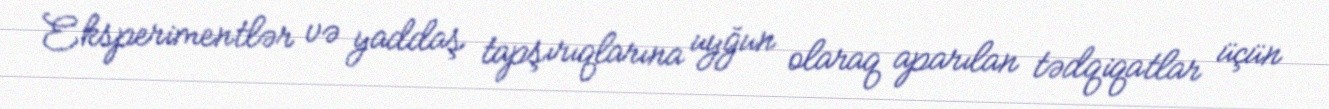
Eksperimentlər və yaddaş tapşırıqlarına uyğun olaraq aparılan tədqiqatlar üçün